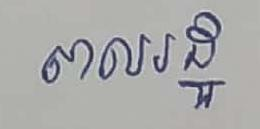
ពលរដ្ឋ